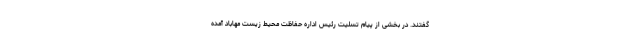
گفتند. در بخشی از پیام تسلیت رئیس اداره حفاظت محیط زیست مهاباد آمده